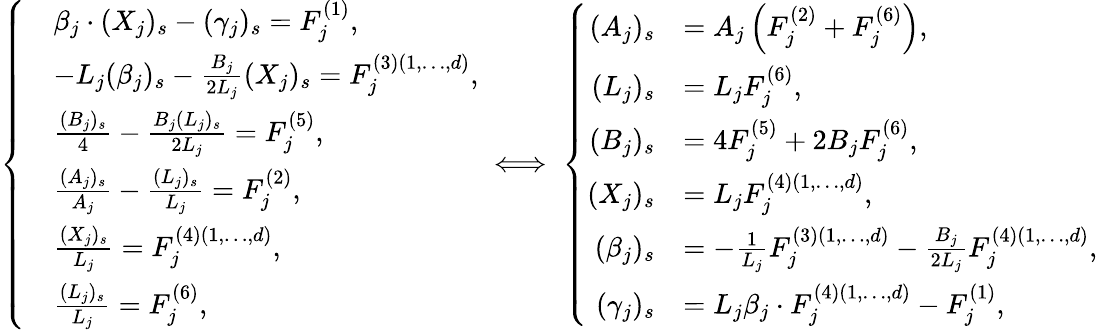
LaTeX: \left\{ \begin{array}{rl}&{\beta_{j}\cdot(X_{j})_{s}-(\gamma_{j})_{s}=F_{j}^{(1)},}\\ &{-L_{j}(\beta_{j})_{s}-\frac{B_{j}}{2L_{j}}(X_{j})_{s}=F_{j}^{(3)(1,\dots,d)},}\\ &{\frac{(B_{j})_{s}}{4}-\frac{B_{j}(L_{j})_{s}}{2L_{j}}=F_{j}^{(5)},}\\ &{\frac{(A_{j})_{s}}{A_{j}}-\frac{(L_{j})_{s}}{L_{j}}=F_{j}^{(2)},}\\ &{\frac{(X_{j})_{s}}{L_{j}}=F_{j}^{(4)(1,\dots,d)},}\\ &{\frac{(L_{j})_{s}}{L_{j}}=F_{j}^{(6)},}\end{array}\right.\iff\left\{ \begin{array}{rl}{(A_{j})_{s}}&{=A_{j}\left(F_{j}^{(2)}+F_{j}^{(6)}\right),}\\ {(L_{j})_{s}}&{=L_{j}F_{j}^{(6)},}\\ {(B_{j})_{s}}&{=4F_{j}^{(5)}+2B_{j}F_{j}^{(6)},}\\ {(X_{j})_{s}}&{=L_{j}F_{j}^{(4)(1,\dots,d)},}\\ {(\beta_{j})_{s}}&{=-\frac{1}{L_{j}}F_{j}^{(3)(1,\dots,d)}-\frac{B_{j}}{2L_{j}}F_{j}^{(4)(1,\dots,d)},}\\ {(\gamma_{j})_{s}}&{=L_{j}\beta_{j}\cdot F_{j}^{(4)(1,\dots,d)}-F_{j}^{(1)},}\end{array}\right.